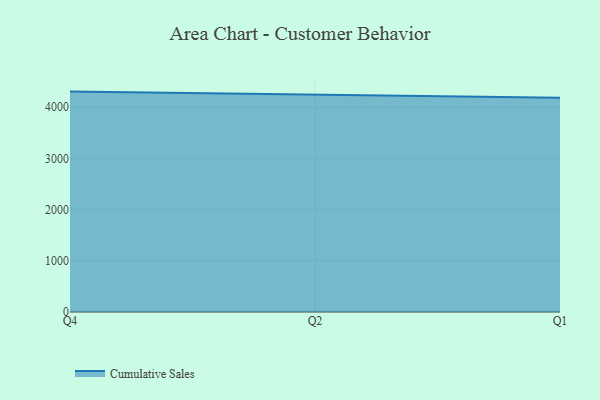
{"axis": {"x": "Quarter", "y": "Active Users"}, "legend": ["Cumulative Sales"], "data": [{"x": "Q4", "y": 4305.9, "type": "Cumulative Sales"}, {"x": "Q2", "y": 4253.2, "type": "Cumulative Sales"}, {"x": "Q1", "y": 4187.3, "type": "Cumulative Sales"}]}